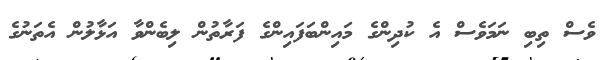
ވެސް ތިބި ނަމަވެސް އެ ކުދިންގެ މައިންބަފައިންގެ ފަރާތުން ލިބެންވާ އަޅާލުން އެތަނުގެ